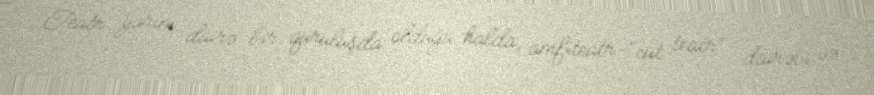
Teatr yarım dairə bir quruluşda olduğu halda, amfiteatr-"cüt teatr" dairəvi və